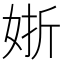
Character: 𡝊